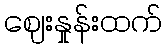
ဈေးနှုန်းထက်